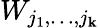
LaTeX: W_{j_{1},\dots,j_{\mathbf{k}}}